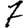
Digit: 7